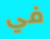
في